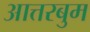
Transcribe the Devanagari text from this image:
आत्तरबुम